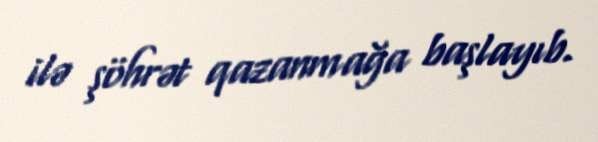
ilə şöhrət qazanmağa başlayıb.